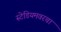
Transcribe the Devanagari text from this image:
स्टेडियमवरचा